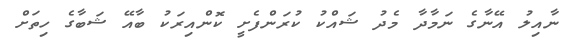
ނާއިލު އޭނާގެ ނަމާދާ މެދު ޝައްކު ކުރަންފެށީ ކޮންއިރަކު ބާއޭ ޝަބާގެ ހިތަށް